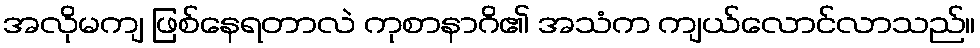
အလိုမကျ ဖြစ်နေရတာလဲ ကုစာနာဂိ၏ အသံက ကျယ်လောင်လာသည်။